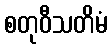
စတုဝီသတိမံ